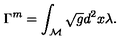
\Gamma ^ { \tiny { m } } = \int _ { \cal M } \sqrt { g } d ^ { 2 } x \lambda .